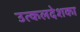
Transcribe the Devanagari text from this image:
उत्कलदेशका